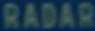
Radar